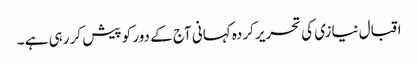
اقبال نیازی کی تحریر کردہ کہانی آج کے دور کو پیش کر رہی ہے ۔